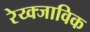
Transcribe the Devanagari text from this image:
रेय्क्जाविक